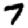
Digit: 7